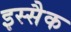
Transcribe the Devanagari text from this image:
इस्सैक